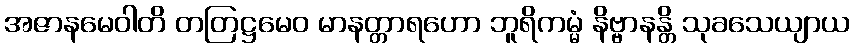
အဇာနမေဝါတိ တတြဋ္ဌမေဝ မာနတ္တာရဟော ဘူရိကမ္မံ နိဗ္ဗာနန္တိ သုခသေယျာယ